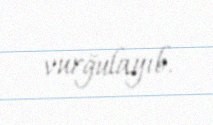
vurğulayıb.